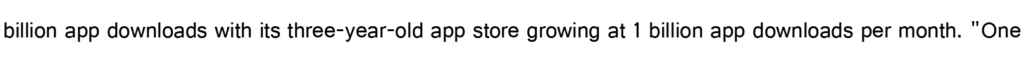
billion app downloads with its three-year-old app store growing at 1 billion app downloads per month. "One